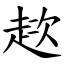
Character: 趑